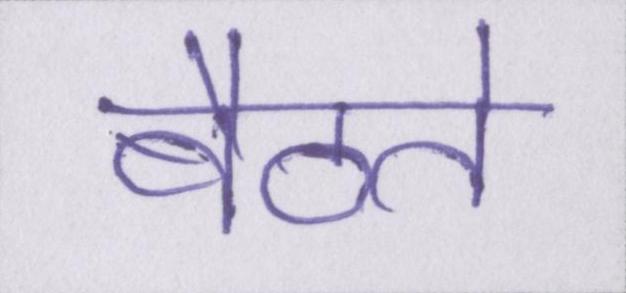
बैठते